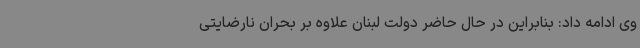
وی ادامه داد: بنابراین در حال حاضر دولت لبنان علاوه بر بحران نارضایتی